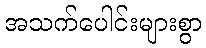
အသက်ပေါင်းများစွာ